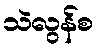
သဲလွန်စ